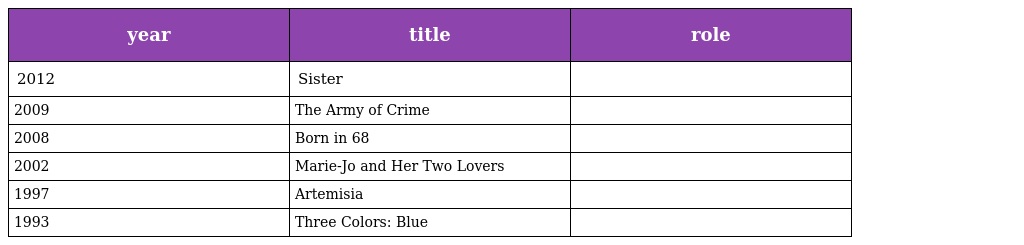
| year | title | role |
 | --- | --- | --- |
 | 2012 | Sister |  |
 | 2009 | The Army of Crime |  |
 | 2008 | Born in 68 |  |
 | 2002 | Marie-Jo and Her Two Lovers |  |
 | 1997 | Artemisia |  |
 | 1993 | Three Colors: Blue |  |